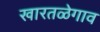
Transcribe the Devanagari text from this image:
खारतळेगाव